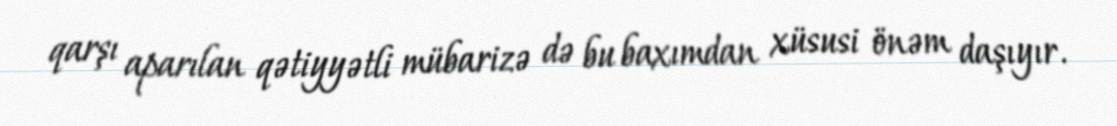
qarşı aparılan qətiyyətli mübarizə də bu baxımdan xüsusi önəm daşıyır.